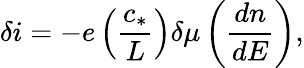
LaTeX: \delta i=-e\left(\frac{c_{*}}{L}\right)\delta\mu\left(\frac{dn}{dE}\right),